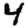
Digit: 4